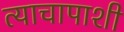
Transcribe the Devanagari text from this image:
त्याचापाशी